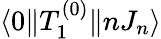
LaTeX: \langle 0\| T_{1}^{(0)}\| nJ_{n}\rangle